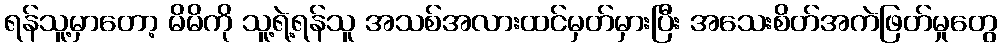
ရန်သူ့မှာတော့ မိမိကို သူ့ရဲ့ရန်သူ အသစ်အလားထင်မှတ်မှားပြီး အသေးစိတ်အကဲဖြတ်မှုတွေ